Annual report on the working of the lock hospitals in the Central Provinces
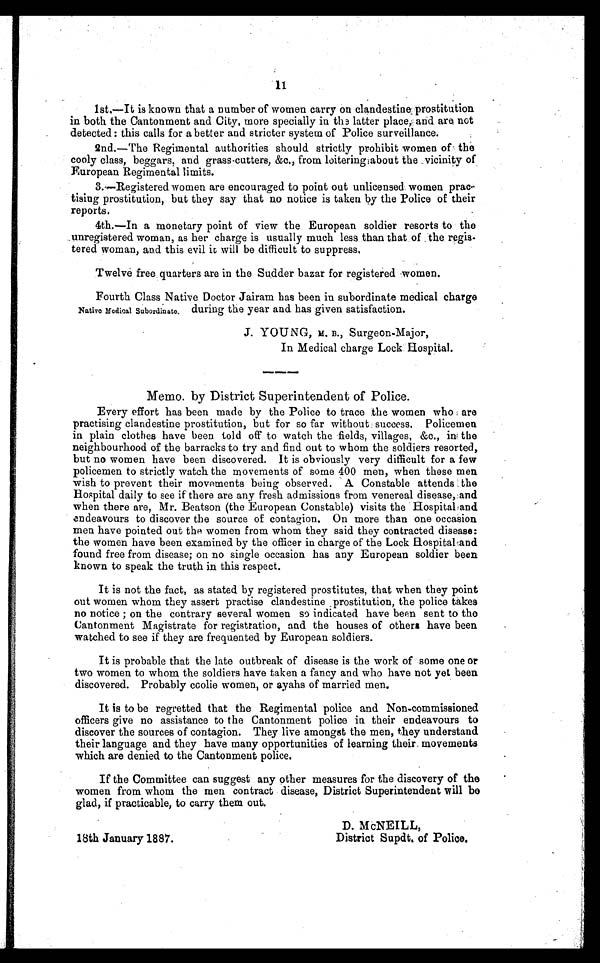
11
lst.—It is known that a number of women carry on clandestine:prostitution
in both the Cantonment and City, more specially in the latter place,: and are: not
detected : this calls for a better and stricter system of Police surveillance.
2nd.—The Regimental authorities should strictly prohibit women of the
cooly class, beggars, and grass-cutters, &c., from loitering about the vicinity of
European Regimental limits.
3.—Registered women are encouraged to point out unlicensed women prac
- t i s i n g p r o s t i t u t i o n , b u t t h e y s a y t h a t n o n o t i c e i s t a k e nb
y
t h e P o l i c e o f t h e i r
reports.
4th.—In a monetary point of view the European soldier resorts to the
unregistered woman, as her charge is usually much less than that of the regis-
tered woman, and this evil it will be difficult to suppress.
Twelve free . quarters are in the Sudder bazar for registered women.
Fourth Class Native Doctor Jairam has been in subordinate medical charge
Native Medical Subordinate. during the year and has given satisfaction.
J. YOUNG, M. B., Surgeon-Major,
In Medical charge Lock Hospital.
Memo. by District Superintendent of Police.
Every effort has been made by the Police to trace the women who are
practising clandestine prostitution, but for so far without success. Policemen
in plain clothes have been told off to watch the fields, villages, &c., in the
neighbourhood of the barracks to try and find out to whom the soldiers resorted,
but no women have been discovered. It is obviously very difficult for a few
policemen to strictly watch the movements of some 400 men, when these men
wish to prevent their movements being observed. A Constable attends the
Hospital daily to see if' there are any fresh admissions from venereal disease, and
when there are, Mr. Beatson (the European Constable) visits the Hospital and
endeavours to discover the source of contagion. On more than one occasion
men have pointed out the women from whom they said they contracted disease:
the women have been examined by the officer in charge of the Lock Hospital and
found free from disease; on no single occasion has any European soldier been
known to speak the truth in this respect.
It is not the fact, as stated by registered prostitutes, that when they point
out women whom they assert practise clandestine . prostitution, the police takes
no notice ; on the contrary several women so indicated have been sent to the
Cantonment Magistrate for registration, and the houses of others have been
watched to see if they are frequented by European soldiers.
It is probable that the late outbreak of disease is the work of some one or
two women to whom the soldiers have taken a fancy and who have not yet been
discovered. Probably coolie women, or ayahs of married men.
It is to be regretted that the Regimental police and Non-commissioned
officers give no assistance to the Cantonment police in their endeavours to
discover the sources of contagion. They live amongst the men, they understand
their language and they have many opportunities of learning their movements
which are denied to the Cantonment police.
If the Committee can suggest any other measures for the discovery of the
women from whom the men contract disease, District Superintendent will be
glad, if practicable, to carry them out.
D. McNEILL,
18th January 1887 .
District Supdt. of Police.